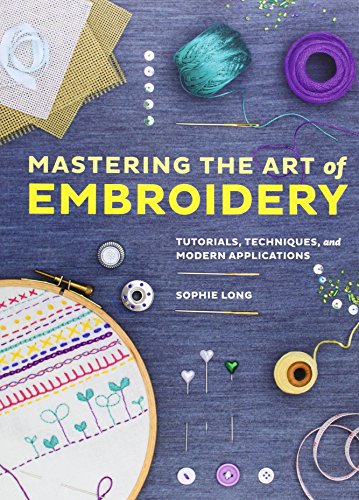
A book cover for Chronicle Books Mastering the Art of Embroidery: Tutorials, Techniques, and Modern Applications; Sophie Long; Crafts, Hobbies & Home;